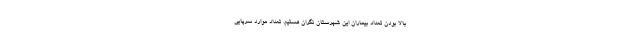
بالا بودن تعداد بیماران این شهرستان نگران هستیم. تعداد موارد سرپایی